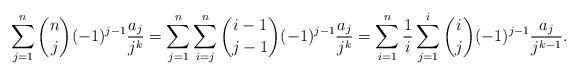
LaTeX: \begin{align*}&\sum_{j=1}^{n}\binom{n}j (-1)^{j-1} \frac{a_j}{j^k}= \sum_{j=1}^{n}\sum_{i=j}^{n}\binom{i-1}{j-1}(-1)^{j-1}\frac{a_j}{j^k}=\sum_{i=1}^{n}\frac1i \sum_{j=1}^{i}\binom{i}{j}(-1)^{j-1}\frac{a_j}{j^{k-1}}.\end{align*}